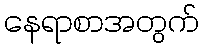
နေရာစာအတွက်